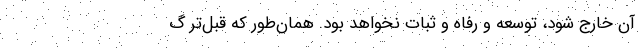
آن خارج شود، توسعه و رفاه و ثبات نخواهد بود. همان‌طور که قبل‌تر گ